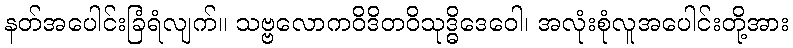
နတ်အပေါင်းခြံရံလျက်။ သဗ္ဗလောကဝိဒိတဝိသုဒ္ဓိဒေဝေါ၊ အလုံးစုံလူအပေါင်းတို့အား